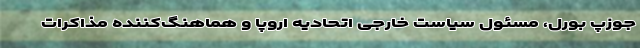
جوزپ بورل، مسئول سیاست خارجی اتحادیه اروپا و هماهنگ‌کننده مذاکرات